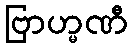
ဗြာဟ္မဏီ